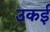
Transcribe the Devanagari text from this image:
उकई